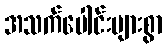
အသက်ပေါင်းများစွာ